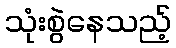
သုံးစွဲနေသည့်